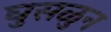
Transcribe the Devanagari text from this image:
घुसळुन